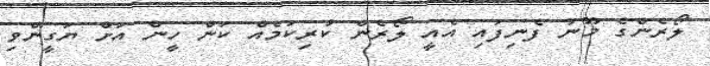
ލޯރެންގެ މޫނު ފެނިފައި އެއީ ލޯރެން ކުރިކަމެއް ކަން ހީން އަށް ޔަގީންވި